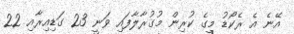
އޭނެ އެ ރެކޯޑު މީގެ ކުރިން މުގުރާލާފައި ވަނީ 23 ގަޑިއިރާއި 22